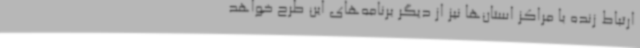
ارتباط زنده با مراکز استان‌ها نیز از دیگر برنامه‌های این طرح خواهد